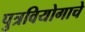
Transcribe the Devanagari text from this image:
पुत्रवियोगाचे